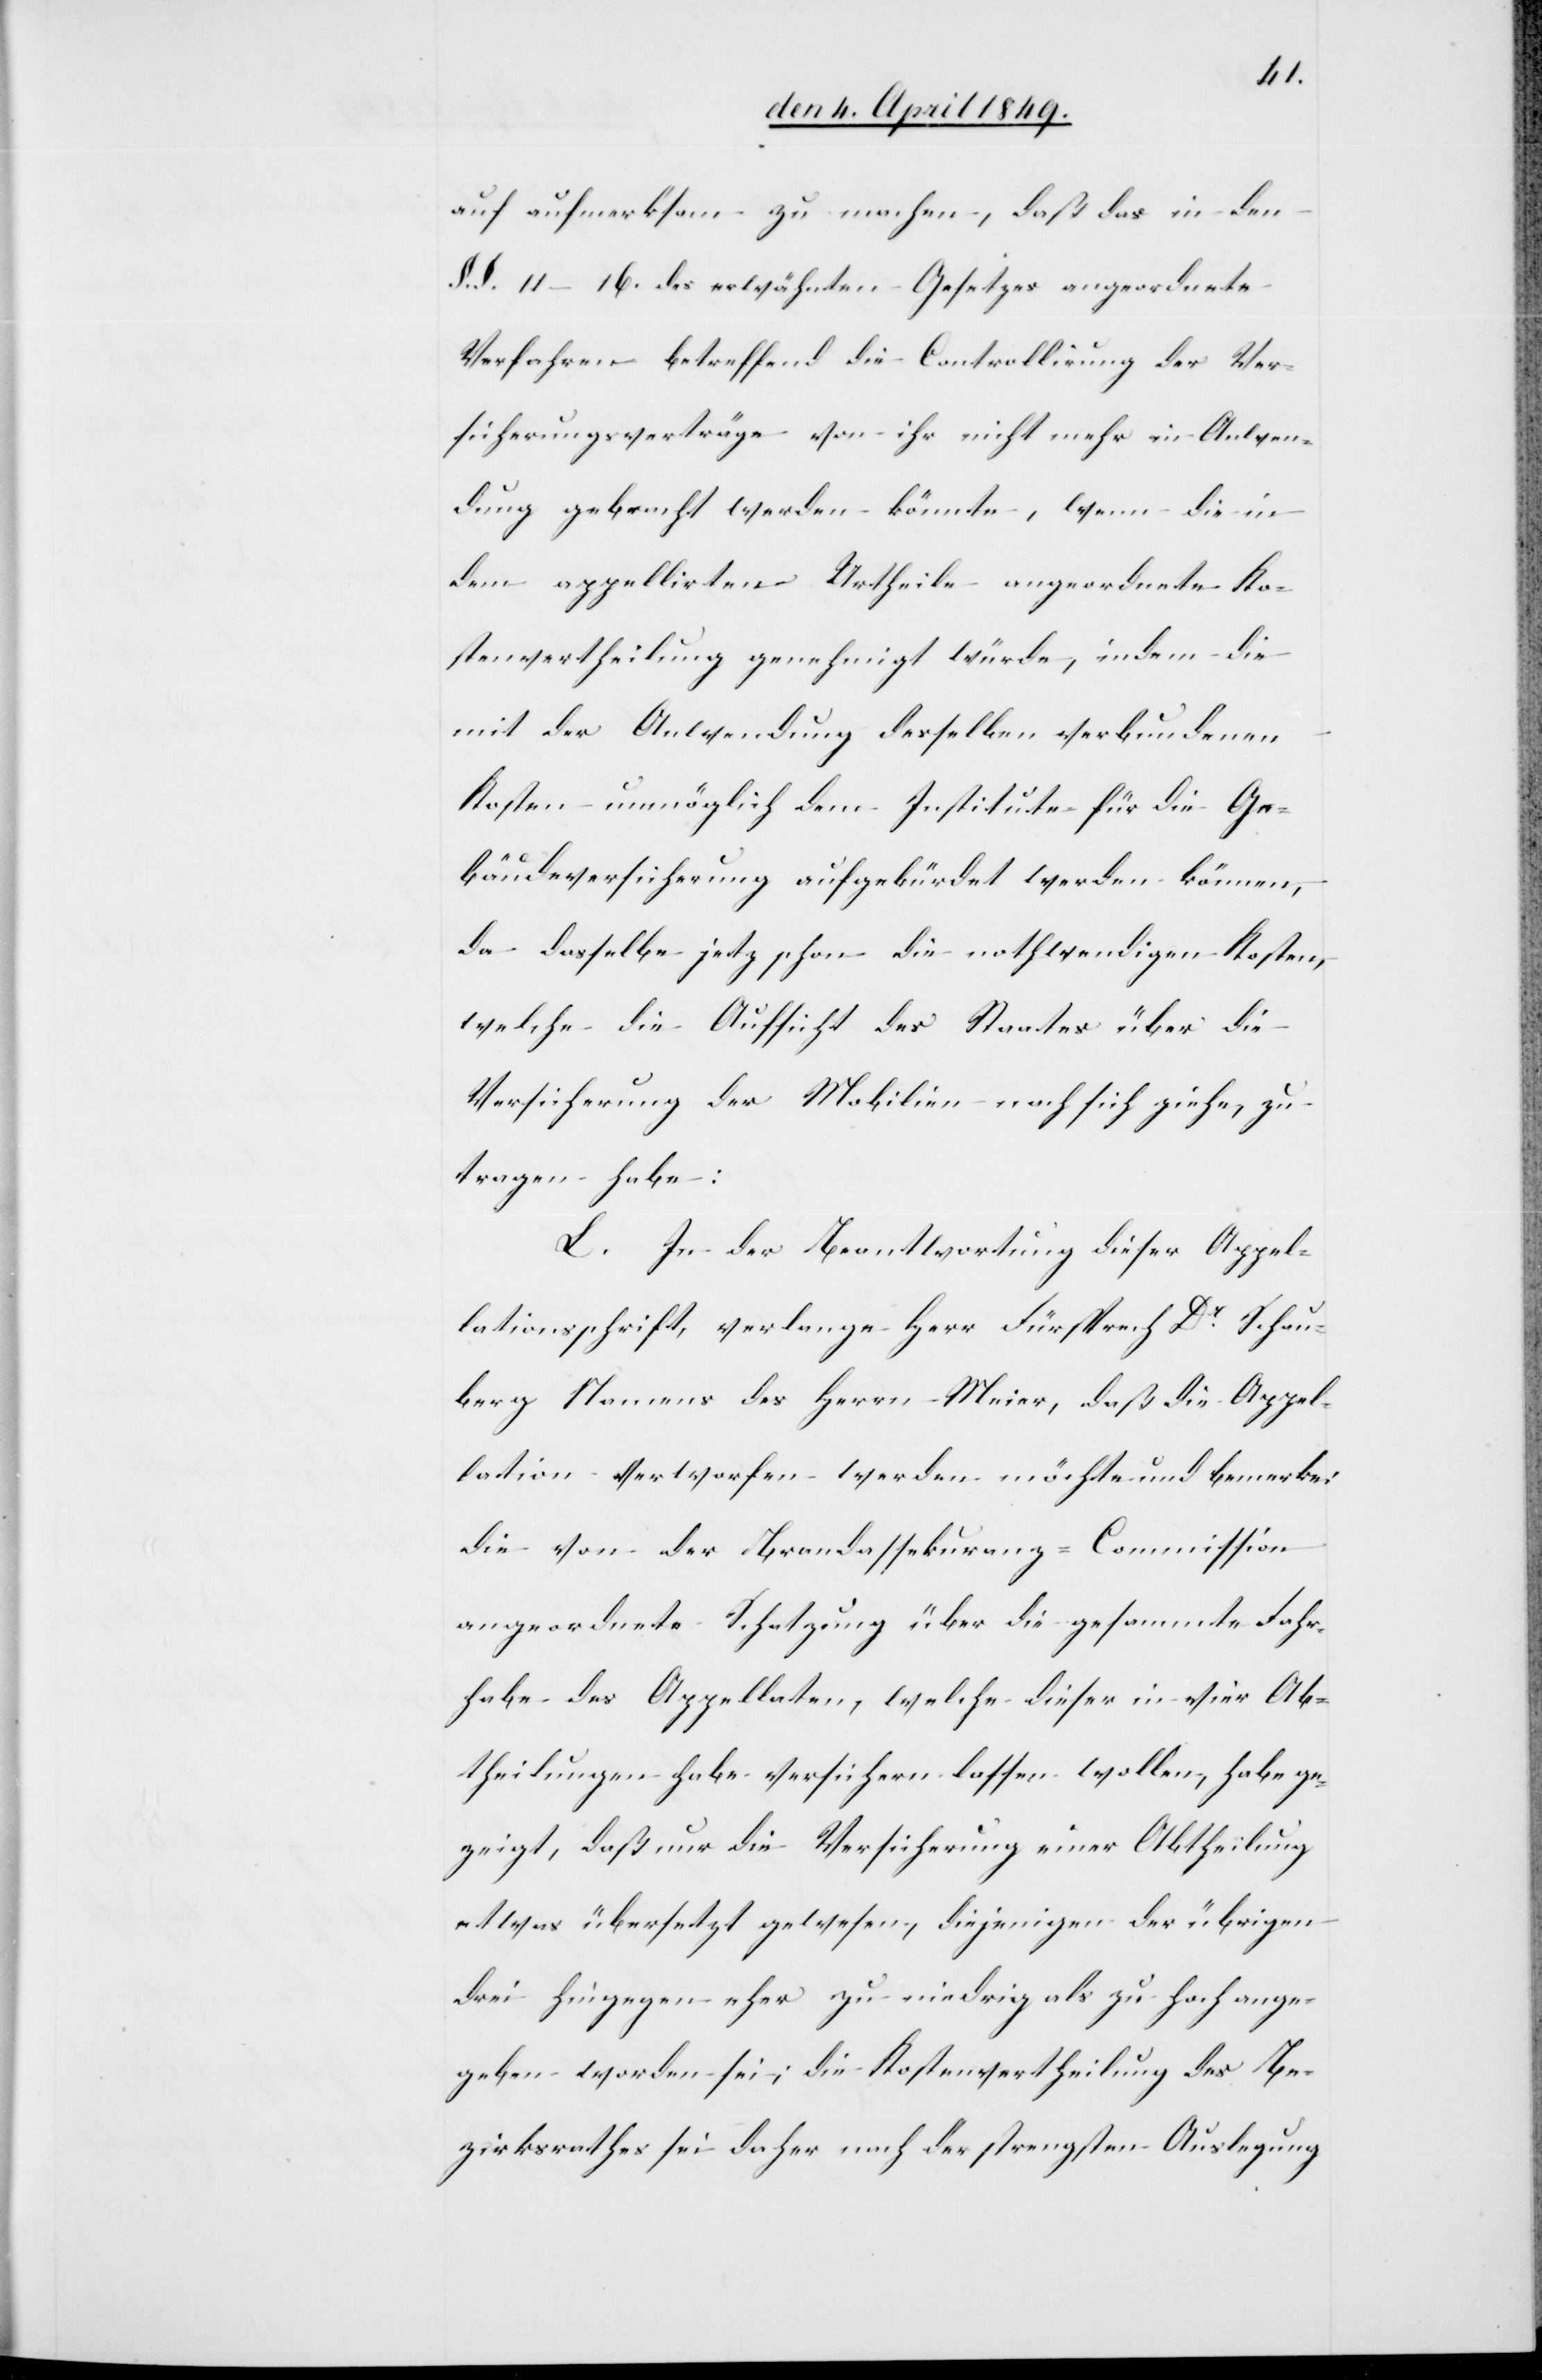
auf aufmerksam zu machen, daß das in den
§. §. 11–16. des erwähnten Gesetzes angeordnete
Verfahren betreffend die Controllirung der Ver¬
sicherungsverträge gebracht werden könnte, wenn die in
dem appellirten Urtheile angeordnete Ko¬
stenvertheilung genehmigt würde, indem die
mit der Anwendung desselben verbundenen
Kosten unmöglich dem Institute für die Ge¬
bäudeversicherung aufgebürdet werden können,
da dasselbe jetz[t] schon die nothwendigen Kosten,
welche die Aufsicht des Staates über die
Versicherung der Mobilien nach sich ziehe, zu¬
tragen habe:
L. In der Beantwortung dieser Appel¬
lationsschrift, verlange Herr Fürsprech Dr Schau¬
berg Namens des Herrn Meier, daß die Appel¬
lation verworfen werden möchte und bemerke:
die von der Brandassekuranz-Commission
angeordnete Schatzung über die gesammte Fahr¬
habe des Appellaten, welche dieser in vier Ab¬
theilungen habe versichern lassen wollen, habe ge¬
zeigt, daß nur die Versicherung einer Abtheilung
etwas übersetzt gewesen, diejenigen der übrigen
drei hingegen eher zu niedrig als zu hoch ange¬
geben worden sei, die Kostenvertheilung des Be¬
zirksrathes sei daher nach der strengsten Auslegung